Report on sanitation, dispensaries, and jails in Rajputana for 1917, and on vaccination for the year 1917-1918 - 1917-1918
Year: 1917
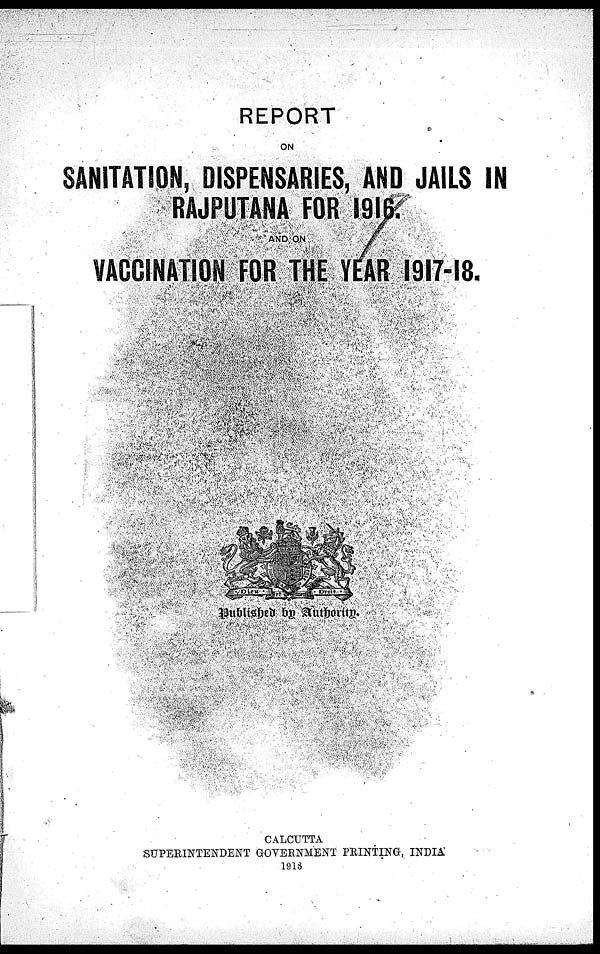
REPORT
ON
SANITATION, DISPENSARIES, AND JAILS IN
RAJPUTANA FOR 1916.
AND ON
VACCINATION FOR THE YEAR 1917-18.
Published by Authority.
CALCUTTA
SUPERINTENDENT GOVERNMENT PRINTING, INDIA
1918